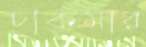
চাকমার